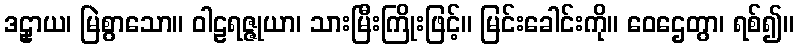
ဒဠှာယ၊ မြဲစွာသော။ ဝါဠရဇ္ဇုယာ၊ သားမြီးကြိုးဖြင့်။ မြင်းခေါင်းကို။ ဝေဌေတွာ၊ ရစ်၍။